Vital statistics of India. Vol. V, Reports of 1876 on armies & jails and on epidemic cholera
Year: 1876
Disease focus: Cholera
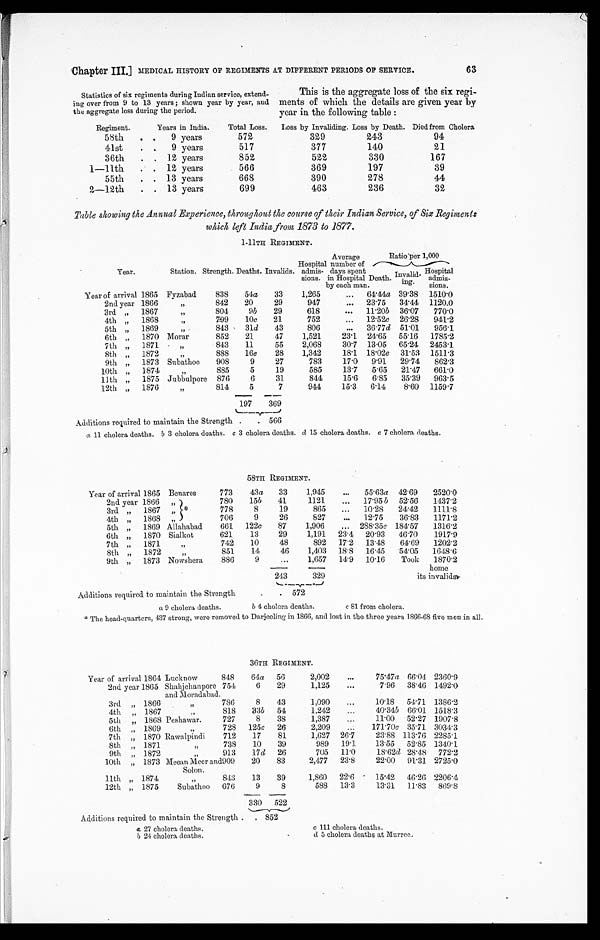
a 27 cholera deaths.
b 24 cholera deaths.
c 111 cholera deaths.
d 5 cholera deaths at Murree.
63
Chapter III.] MEDICAL HISTORY OF REGIMENTS AT DIFFERENT PERIODS OF SERVICE.
Statistics of six regiments during Indian service, extend
- i n g o v e r f r o m 9 t o 1 3 y e a r s ; s h o w n y e a r b y y e a r , a n d
the aggregate loss during the period.
This is the aggregate loss of the six regi
- m e n t s o f w h i c h t h e d e t a i l s a r e g i v e n y e a r b y
year in the following table :
Regiment.
Years in India.
Total Loss.
Loss by Invaliding. Loss by Death. Died from Cholera
58th . . .
9 years
572
329
243
94
41st . . .
9 years
517
377
140
21
36th . . . 12 years
852
522
330
167
1-11th . . . 12 years
566
369
197
39
55th . . . 13 years
668
390
278
44
2-12th . . . 13 years
699
463
236
32
Table showing the Annual Experience, throughout the course of their Indian Service, of Six Regiments
which left India from 1873 to 1877.
1-11TH REGIMENT.
Year.
Station. Strength. Deaths. Invalids.
Hospital
admis-
sions.
Average
number of
days spent
in Hospital
by each man.
Ratio per 1,000
Death. Invalid-
ing.
Hospital admis-
sions.
Year of arrival 1865 Fyzabad
838
5 4
a
33
1,265
. . . 64.44a 39.38 1510.0
2nd year 1866
"
842
20
29
947
. . . 23.75
34.44 1120.0
3rd " 1867
"
804
9 b
29
618
. . . 11.20 b 36.07
770.0
4th " 1868
"
799
10 c
21
752
. . . 12.52c 26.28
941.2
5 t h " 1 8 6 9
"
843
31d
43
806
. . . 36.77 d 51.01
956.1
6th " 1870 Morar
852
21
47
1,521
23.1 24.65 55.16 1785.2
7th "
1871
"
843
11
55
2,068
30.7 13.05 65.24 2453.1
8th " 1872
"
888
16e
28
1,342
18.1 18.02e 31.53 1511.3
9th " 1873 Subathoo
908
9
27
783
17.0
9.91
29.74
862.3
10th " 1874
"
885
5
19
585
13.7
5.65
21.47
661.0
11th " 1875 Jubbulpore
876
6
31
844
15.6
6.85
35.39
963.5
12th " 1876
"
814
5
7
944
15.3
6.14
8.60 1 1 5 9 . 7
197
369
Additions required to maintain the Strength . . . 566
a 11 cholera deaths. b 3 cholera deaths. c 3 cholera deaths. d 15 cholera deaths. e 7 cholera deaths.
58TH REGIMENT.
Year of arrival 1865 Benares
773
43 a
33
1,945
. . . 55.63a 42.69
2520.0
2nd year 1866 "
780
15 b
41
1121
. . . 17.95 b 52.56
1437.2
3rd "
1867 "
778
8
19
865
...
10.28
24.42
1111.8
4th " 1
868 "
706
9
26
827
. . . 12.75
36.83
1171.2
5th " 1869 Allahabad
661 122 c
87
1,906
. . . 288.35 c 184.57
1316.2
6th " 1870 Sialkot
6 2 1
13
29
1,191 23.4 20.93
46.70
1917.9
7th " 1871
"
742
10
48
892 17.2 13.48
64.69
1202.2
8th " 1872
"
851
14
46
1,403 18.8
16.45
54.05
1648.6
9th " 1873 Nowshera
886
9
. . .
1,657 14.9 10.16
Took
1870.2
243
329
home
its invalids
Additions required to maintain the Strength . . . 572
a 9 cholera deaths.
b 4 cholera deaths.
c 81 from cholera.
* The head-quarters, 437 strong, were removed to Darjeeling in 1866, and lost in the three years 1866-68 five men in all.
36TH REGIMENT.
Year of arrival 1864 Lucknow
Shahjehanpore
and Moradabad.
848
64a 56
2,002
. . .
75.47a 66.04 2360.9
2nd. year 1865
754
6
29
1,125
. . .
7.96 38.46 1492.0
3rd " 1866
"
786
8
43
1,090
. . .
10.18 54.71 1386.2
4 t h " 1 8 6 7
"
818
33 b 54
1,242
. . .
40.34b 66.01 1518.3
5 t h " 1 8 6 8
Peshawar.
727
8
38
1,387
. . .
11.00 52.27 1907.8
6 t h " 1 8 6 9
"
728 125 c 26
2,209
. . .
171.70c 35.71 3034.3
7th " 1870 Rawalpindi
712
17
81
1,627 26.7
23.88 113.76 2285.1
8 t h " 1 8 7 1
"
738
10
39
989 19.1
13.55 52.85 1340.1
9th " 1872
"
913
17 d 26
705 11.0
18.62d 28.48 772.2
10th " 1873 Meean Meer and 909
Solon.
9 0 9 20
83
2,477 23.8
22.00 91.31 2725.0
11th " 1874
"
843
13
39
1,860 22.6
15.42 46.26 2206.4
12th " 1875
Subathoo 676
9
8
588
13.3
13.31
11.83 869.8
330
522
Additions required to maintain the Strength . . . 852